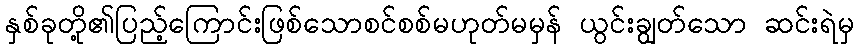
နှစ်ခုတို့၏ပြည့်ကြောင်းဖြစ်သောစင်စစ်မဟုတ်မမှန် ယွင်းချွတ်သော ဆင်းရဲမှ